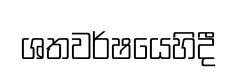
ශතවර්ෂයෙහිදී